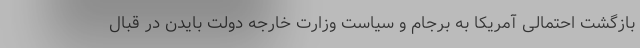
بازگشت احتمالی آمریکا به برجام و سیاست وزارت خارجه دولت بایدن در قبال